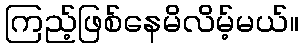
ကြည့်ဖြစ်နေမိလိမ့်မယ်။